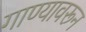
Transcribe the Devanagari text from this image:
गाण्यावरून